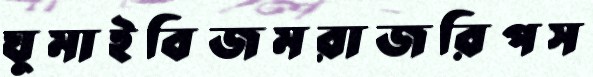
ঘুমাইবিজমরাজরিপস